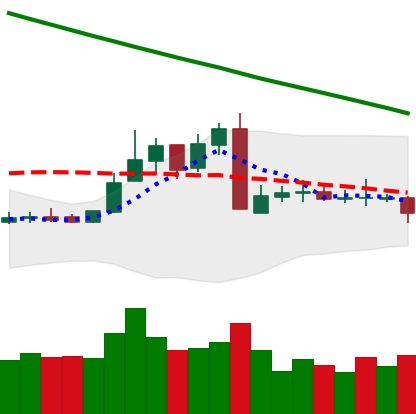
Ticker: ETC-USD
Chart end date: 2019-03-04
Forward return: 3.366%
Label: up_3_5